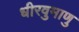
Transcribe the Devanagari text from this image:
धीरवुमाणु